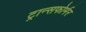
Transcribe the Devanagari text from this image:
ट्रान्सफोर्मर